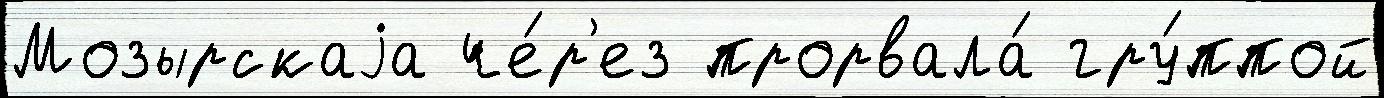
Мозырскаjа че́р'ез прорвала́ гру́ппой